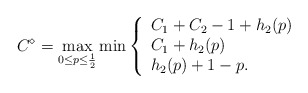
\begin{align*}C^\diamond=\max_{0\leq p\leq \frac{1}{2}}\min\left\{\begin{array}{l}C_1+C_2-1+h_2(p)\\C_1+h_2(p)\\h_2(p)+1-p.\end{array}\right.\end{align*}